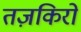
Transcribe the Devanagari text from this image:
तज़किरों